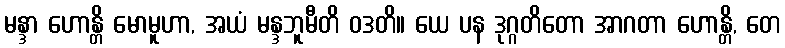
မန္ဒာ ဟောန္တိ မောမူဟာ, အယံ မန္ဒဘူမီတိ ဝဒတိ။ ယေ ပန ဒုဂ္ဂတိတော အာဂတာ ဟောန္တိ, တေ